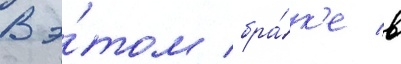
В э́том бра́к'е в